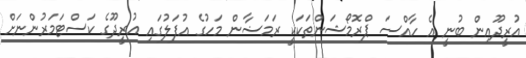
އުރީދޫއިން ބުނީ އެ ހާއްސަ ޕްރޮމޯޝަންތަކަކީ ރަމަޟާން މަހުގެ އުފަލުގައި އުރީދޫގެ ކަސްޓަމަރުންނަށް